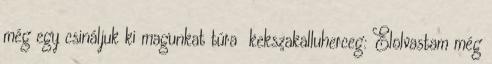
még egy csináljuk ki magunkat túra kekszakalluherceg: Elolvastam még